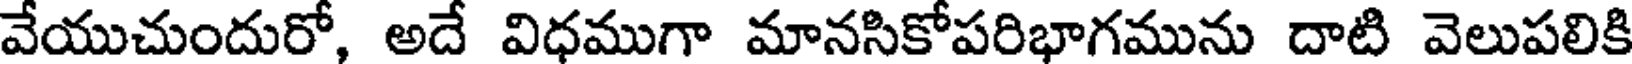
వేయుచుందురో, అదే విధముగా మానసికోపరిభాగమును దాటి వెలుపలికి